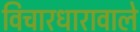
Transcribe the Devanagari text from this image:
विचारधारावाले